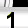
Digit: 1